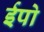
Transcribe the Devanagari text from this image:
ईपो